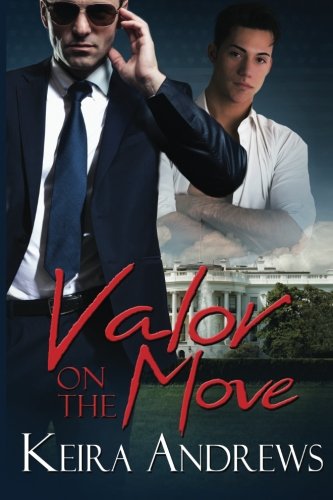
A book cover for Valor on the Move; Keira Andrews; Romance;